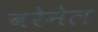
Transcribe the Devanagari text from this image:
बरेनेल